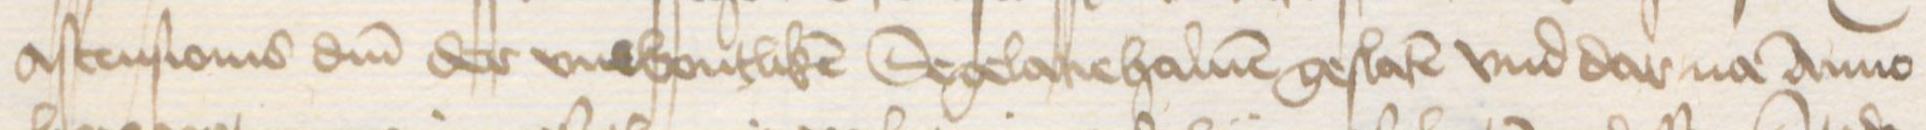
Transcription: Ascensionis domini der vnwontliken Segelacie haluen geslaten vnd dar na Anno